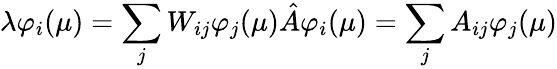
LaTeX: \lambda\varphi_{i}(\mu)=\sum_{j}W_{ij}\varphi_{j}(\mu)\hat{A}\varphi_{i}(\mu)=\sum_{j}A_{ij}\varphi_{j}(\mu)